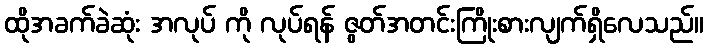
ထိုအခက်ခဲဆုံး အလုပ် ကို လုပ်ရန် ဇွတ်အတင်းကြိုးစားလျက်ရှိလေသည်။